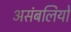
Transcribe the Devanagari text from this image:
असंबलियों